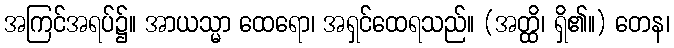
အကြင်အရပ်၌။ အာယသ္မာ ထေရော၊ အရှင်ထေရသည်။ (အတ္ထိ၊ ရှိ၏။) တေန၊